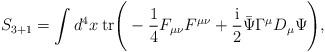
LaTeX: \begin{align*}S_{3+1}=\int d^{4}x \hspace{1mm} \mbox{tr} \Bigg(-\frac{1}{4} F_{\mu\nu}F^{ \mu\nu}+\frac{{\rm i}}{2} \bar{\Psi}\Gamma^{\mu}D_{\mu}\Psi\Bigg) , \end{align*}